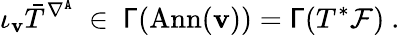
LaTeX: \iota_{\mathbf{v}}\bar{{T}}^{\nabla^{\mathtt{{A}}}}\ \in\ \mathsf{{\Gamma}}(\mathrm{{Ann}}(\mathbf{v}))=\mathsf{{\Gamma}}(T^{*}{\mathcal{F}})\ .